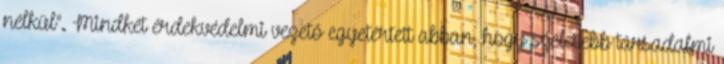
nélkül". Mindkét érdekvédelmi vezető egyetértett abban, hogy szélesebb társadalmi